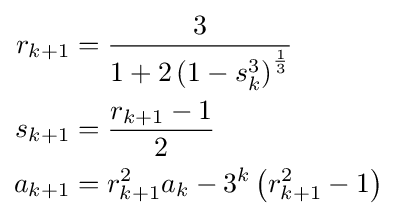
{\begin{aligned}r_{k+1}&={\frac {3}{1+2\left(1-s_{k}^{3}\right)^{\frac {1}{3}}}}\\s_{k+1}&={\frac {r_{k+1}-1}{2}}\\a_{k+1}&=r_{k+1}^{2}a_{k}-3^{k}\left(r_{k+1}^{2}-1\right)\end{aligned}}